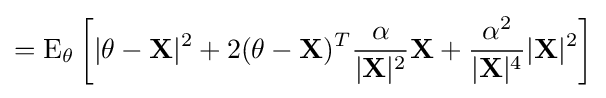
=\operatorname {E} _{\theta }\left[|\mathbf {\theta -X} |^{2}+2(\mathbf {\theta -X} )^{T}{\frac {\alpha }{|\mathbf {X} |^{2}}}\mathbf {X} +{\frac {\alpha ^{2}}{|\mathbf {X} |^{4}}}|\mathbf {X} |^{2}\right]